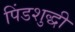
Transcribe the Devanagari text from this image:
पिंडशुद्धी